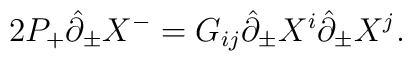
2P_{+}\hat{\partial}_{\pm}X^{-}=G_{ij}\hat{\partial}_{\pm }X^{i} \hat{\partial}_{\pm }X^{j}  .